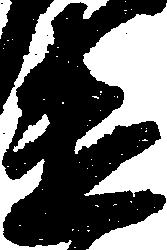
遣